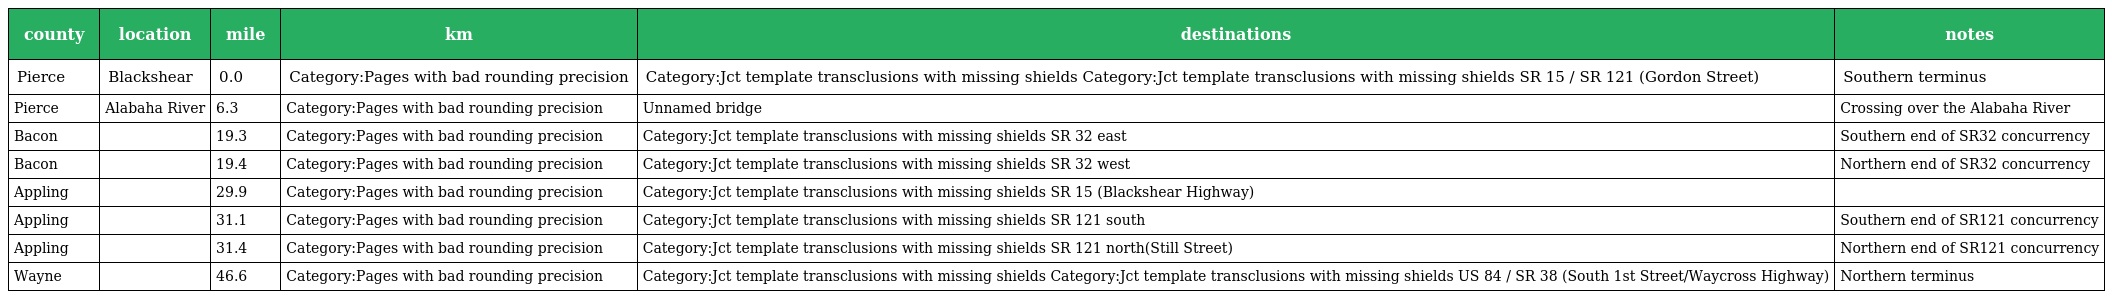
| county | location | mile | km | destinations | notes |
 | --- | --- | --- | --- | --- | --- |
 | Pierce | Blackshear | 0.0 | Category:Pages with bad rounding precision | Category:Jct template transclusions with missing shields Category:Jct template transclusions with missing shields SR 15 / SR 121 (Gordon Street) | Southern terminus |
 | Pierce | Alabaha River | 6.3 | Category:Pages with bad rounding precision | Unnamed bridge | Crossing over the Alabaha River |
 | Bacon |  | 19.3 | Category:Pages with bad rounding precision | Category:Jct template transclusions with missing shields SR 32 east | Southern end of SR32 concurrency |
 | Bacon |  | 19.4 | Category:Pages with bad rounding precision | Category:Jct template transclusions with missing shields SR 32 west | Northern end of SR32 concurrency |
 | Appling |  | 29.9 | Category:Pages with bad rounding precision | Category:Jct template transclusions with missing shields SR 15 (Blackshear Highway) |  |
 | Appling |  | 31.1 | Category:Pages with bad rounding precision | Category:Jct template transclusions with missing shields SR 121 south | Southern end of SR121 concurrency |
 | Appling |  | 31.4 | Category:Pages with bad rounding precision | Category:Jct template transclusions with missing shields SR 121 north(Still Street) | Northern end of SR121 concurrency |
 | Wayne |  | 46.6 | Category:Pages with bad rounding precision | Category:Jct template transclusions with missing shields Category:Jct template transclusions with missing shields US 84 / SR 38 (South 1st Street/Waycross Highway) | Northern terminus |